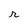
Character: r